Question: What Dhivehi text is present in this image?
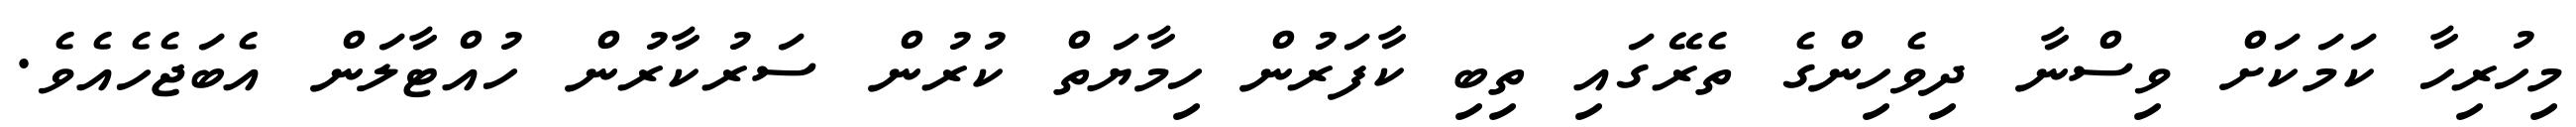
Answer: މިހުރިހާ ކަމަކަށް ވިސްނާ ދިވެހިންގެ ތެރޭގައި ތިބި ކާފަރުން ހިމާޔަތް ކުރުން ސަރުކާރުން ހުއްޓާލަން އެބަޖެހެއެވެ.